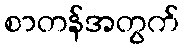
စာတန်အတွက်